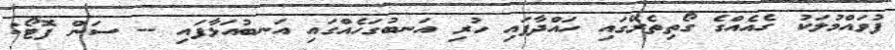
ފުވައްމުލަކު ގެއެއްގެ ގޯތިތެރޭގައި ހައްދާފައި ހުރި އަނބުގަހެއްގައި އަނބުއަޅާފައި -- ސަން ފޮޓޯ: